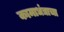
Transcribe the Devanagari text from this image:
कामाधंद्याचा